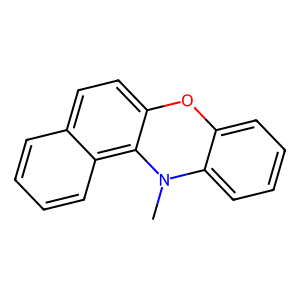
SMILES: CN1c2ccccc2Oc2ccc3ccccc3c21
Inhibits HIV replication: No